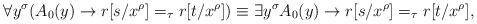
LaTeX: \begin{align*}\forall y^\sigma(A_0(y)\rightarrow r[s/x^\rho]=_\tau r[t/x^\rho])\equiv\exists y^\sigma A_0(y)\rightarrow r[s/x^\rho]=_\tau r[t/x^\rho],\end{align*}